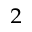
^ { 2 }